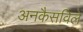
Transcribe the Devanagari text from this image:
अनकैसविले